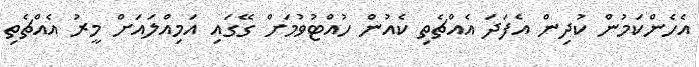
އެހެންކަމުން ކުދިން އެފަދަ އެއްޗެތި ކެއުން ހުއްޓުވުމަށް ގޭގައި އަމިއްލައަށް މީރު އެއްޗެތި